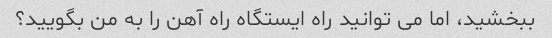
ببخشید، اما می توانید راه ایستگاه راه آهن را به من بگویید؟